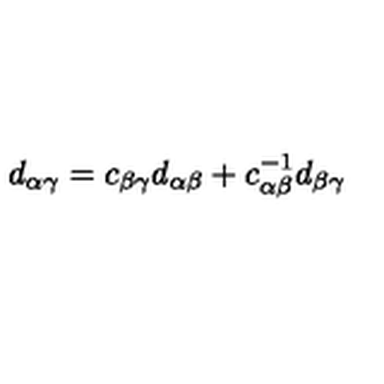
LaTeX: d _ { \alpha \gamma } = c _ { \beta \gamma } d _ { \alpha \beta } + c _ { \alpha \beta } ^ { - 1 } d _ { \beta \gamma }